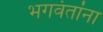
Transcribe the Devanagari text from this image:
भगवंतांना